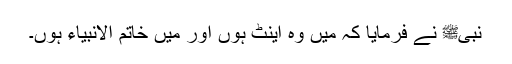
نبیﷺ نے فرمایا کہ میں وہ اینٹ ہوں اور میں خاتم الانبیاء ہوں۔